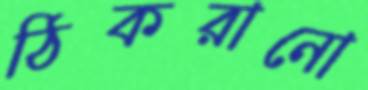
ঠিকরানো